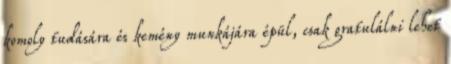
komoly tudására és kemény munkájára épül, csak gratulálni lehet